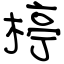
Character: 楟